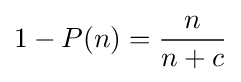
1-P(n)={n \over n+c}